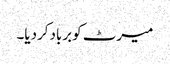
میرٹ کوبربادکردیا۔